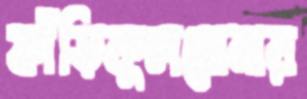
ফাঁড়িকূলঘোনার